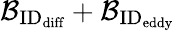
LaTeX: \mathcal{B}_{\textrm{ID}_{\textrm{diff}}}+\mathcal{B}_{\textrm{ID}_{\textrm{eddy}}}